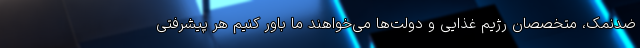
ضد‌نمک، متخصصان رژیم غذایی و دولت‌ها می‌خواهند ما باور کنیم هر پیشرفتی